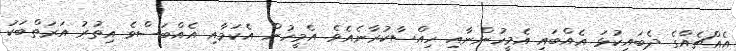
އެއްޗެއްގެ ދެބައިކުޅަ އެއްބައި އެމީހުންނާއި ހިއްސާކުރާނެއެވެ. އެމީހުން އެކަމާއި އެއްބަސްވެ އިތުރު އަރަތްބަކު